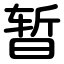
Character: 暂